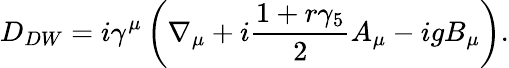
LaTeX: D_{DW}=i\gamma^{\mu}\left(\nabla_{\mu}+i\frac{1+r\gamma_{5}}{2}A_{\mu}-igB_{\mu}\right).